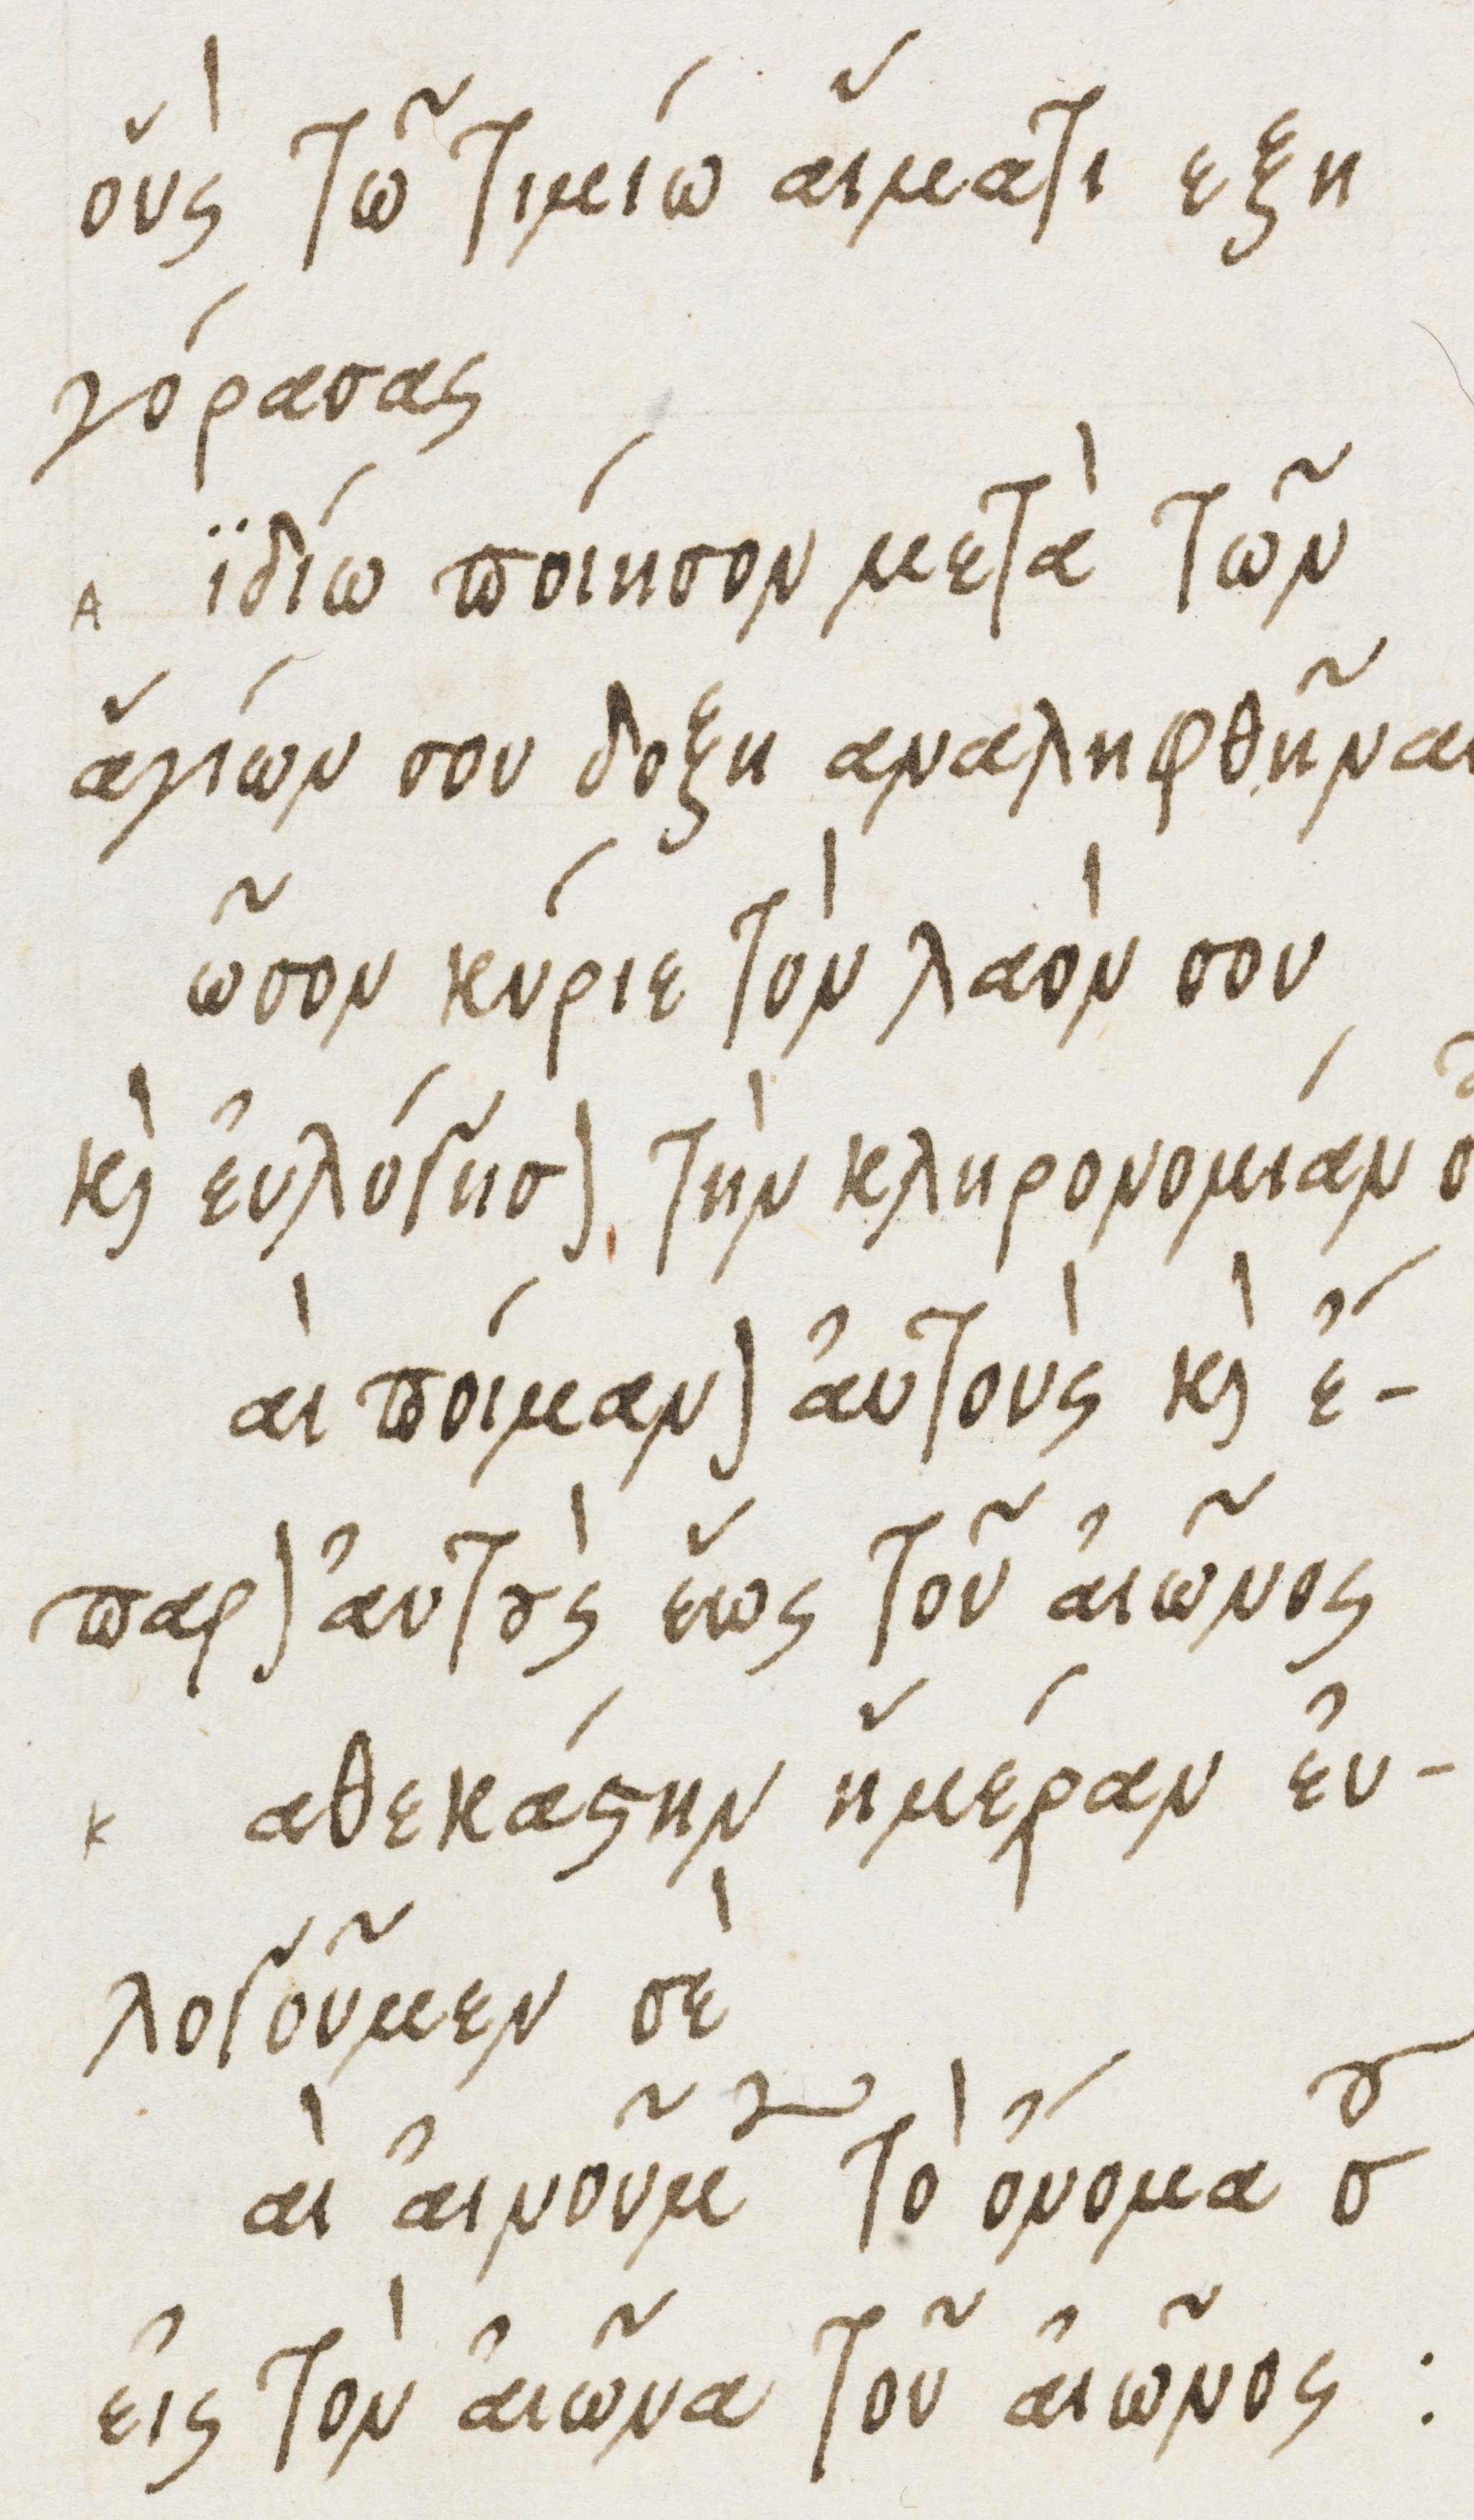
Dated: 1475–1499